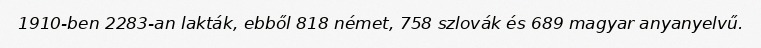
1910-ben 2283-an lakták, ebből 818 német, 758 szlovák és 689 magyar anyanyelvű.